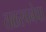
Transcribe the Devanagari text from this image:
तळरचनेचा